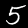
Digit: 5